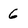
Character: 6